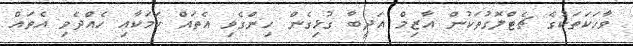
ވާހަކަތަކުގެ ޗެޓްލޮގުތަކުން އާޒިމް އަދީބާ ގުޅިގެން ހިންގެވި އެތައް ކަމަކާއި ހެއްދެވި އެތައް